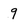
Character: 9